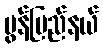
မွန်ပြည်နယ်